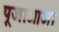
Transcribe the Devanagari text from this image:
पूजाआजा